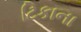
ટિકાના